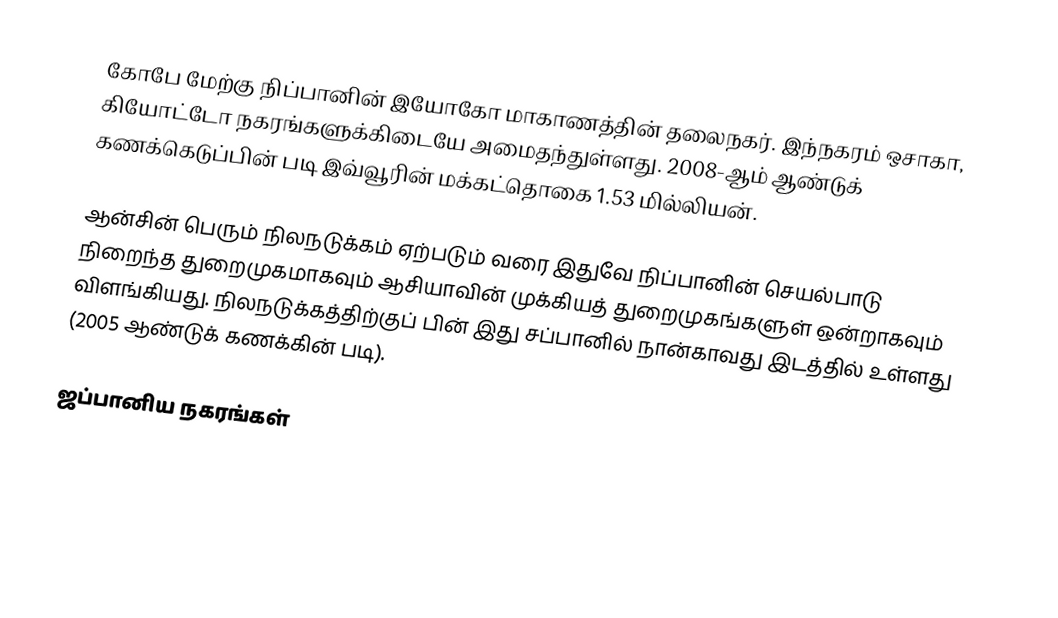
கோபே மேற்கு நிப்பானின் இயோகோ மாகாணத்தின் தலைநகர். இந்நகரம் ஒசாகா, கியோட்டோ நகரங்களுக்கிடையே அமைதந்துள்ளது. 2008-ஆம் ஆண்டுக் கணக்கெடுப்பின் படி இவ்வூரின் மக்கட்தொகை 1.53 மில்லியன்.

ஆன்சின் பெரும் நிலநடுக்கம் ஏற்படும் வரை இதுவே நிப்பானின் செயல்பாடு நிறைந்த துறைமுகமாகவும் ஆசியாவின் முக்கியத் துறைமுகங்களுள் ஒன்றாகவும் விளங்கியது. நிலநடுக்கத்திற்குப் பின் இது சப்பானில் நான்காவது இடத்தில் உள்ளது (2005 ஆண்டுக் கணக்கின் படி).

ஜப்பானிய நகரங்கள்